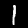
Label: 1